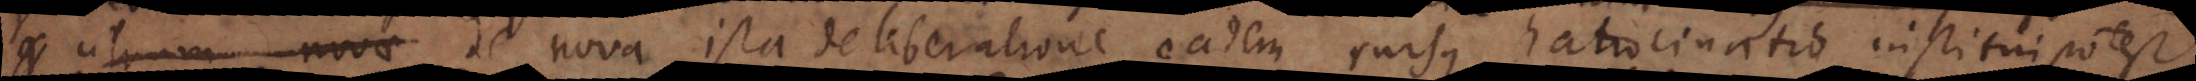
utrum novae de nova ista deliberatione eadem rursus ratiocinatio institui potest